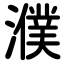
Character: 濮